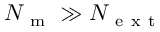
N _ { \mathrm { ~ m ~ } } \gg N _ { \mathrm { ~ e ~ x ~ t ~ } }